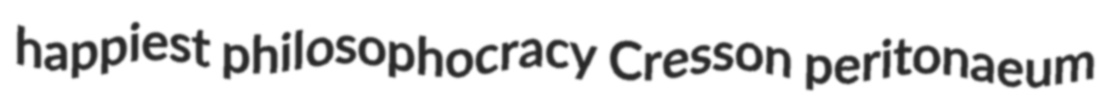
happiest philosophocracy Cresson peritonaeum